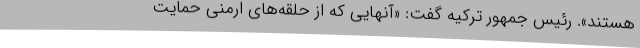
هستند». رئیس جمهور ترکیه گفت: «آنهایی که از حلقه‌های ارمنی حمایت